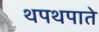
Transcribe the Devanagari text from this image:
थपथपाते